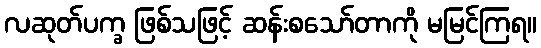
လဆုတ်ပက္ခ ဖြစ်သဖြင့် ဆန်းစသော်တာကို မမြင်ကြရ။